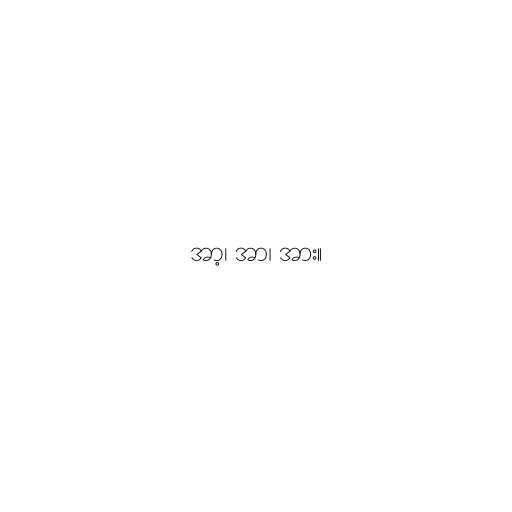
အာ့၊ အာ၊ အား။